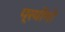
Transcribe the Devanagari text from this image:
प्रयोंगो